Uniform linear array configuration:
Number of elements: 32
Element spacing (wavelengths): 0.25
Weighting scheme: exponential
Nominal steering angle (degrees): -30
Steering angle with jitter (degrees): -28.691
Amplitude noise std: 0.05
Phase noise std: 0.05

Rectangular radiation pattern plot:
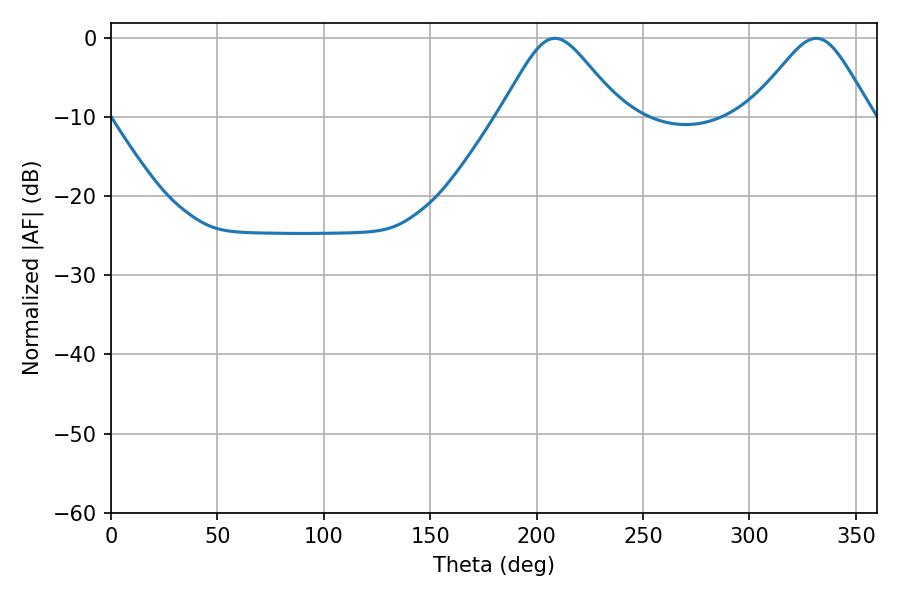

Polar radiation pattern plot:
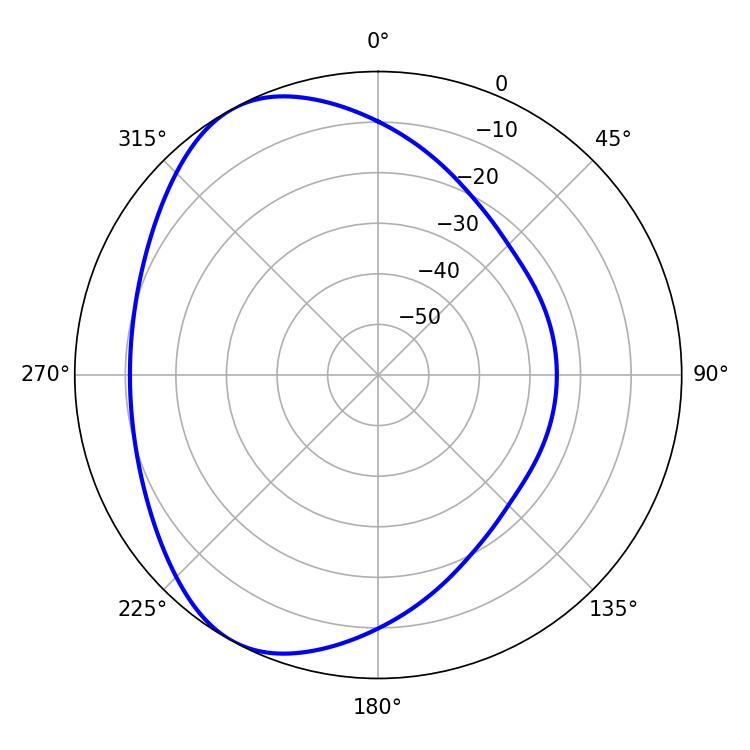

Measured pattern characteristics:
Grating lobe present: FALSE
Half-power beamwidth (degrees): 27.54
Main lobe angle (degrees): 208.62